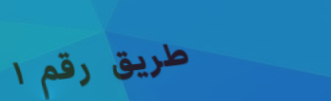
طريق رقم ١